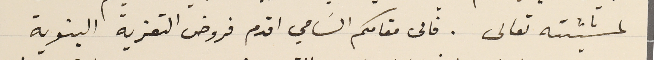
لمشيئته تعالى. فالى مقامكم السَامي اقدم فروض التعزية البنوية